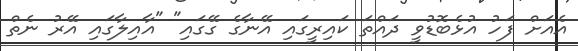
އެއަށް ފަހު އުޅެބޮޑުވީ ދައްތަ ކައިރީގައި އޭނާގެ ގޭގައި" "އާއިލާގައި އޭރު ނެތް